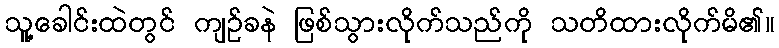
သူ့ခေါင်းထဲတွင် ကျဉ်ခနဲ ဖြစ်သွားလိုက်သည်ကို သတိထားလိုက်မိ၏။